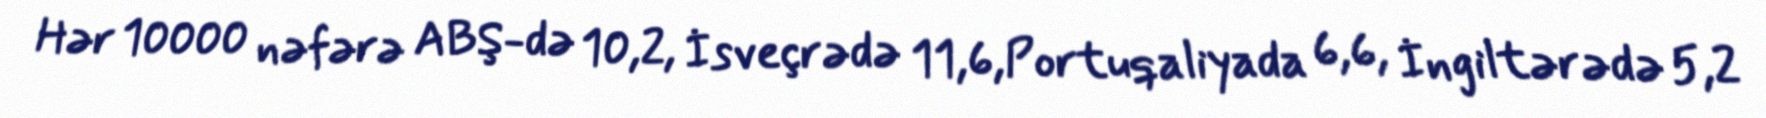
Hər 10000 nəfərə ABŞ-də 10,2, İsveçrədə 11,6,Portuqaliyada 6,6, İngiltərədə 5,2